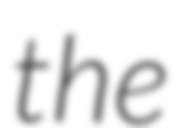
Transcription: the